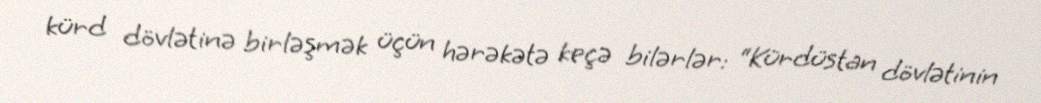
kürd dövlətinə birləşmək üçün hərəkətə keçə bilərlər: “Kürdüstan dövlətinin